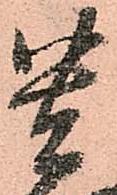
貴